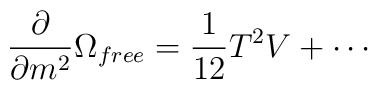
\frac{\partial}{\partial m^2}\Omega_{free}=\frac{1}{12}T^2V+\cdots